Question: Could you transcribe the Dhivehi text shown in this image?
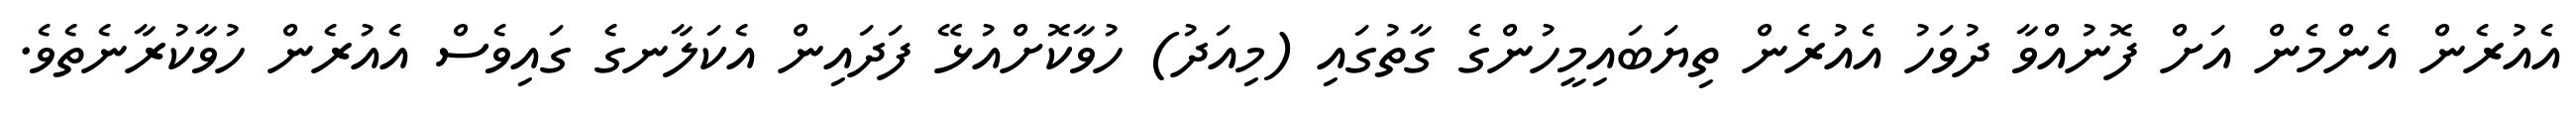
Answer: އެއުރެން އެންމެން އަށް ފޮނުއްވާ ދުވަހު އެއުރެން ތިޔަބައިމީހުންގެ ގާތުގައި (މިއަދު) ހުވާކޮށްއުޅޭ ފަދައިން އެކަލާނގެ ގައިވެސް އެއުރެން ހުވާކުރާނެތެވެ.